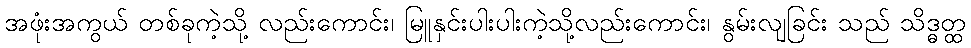
အဖုံးအကွယ် တစ်ခုကဲ့သို့ လည်းကောင်း၊ မြူနှင်းပါးပါးကဲ့သို့လည်းကောင်း၊ နွမ်းလျခြင်း သည် သိဒ္ဓတ္ထ